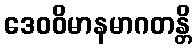
ဒေဝဝိမာနမာဂတန္တိ